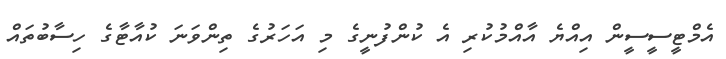
އެމްޓީސީސީން އިއްޔެ އާއްމުކުރި އެ ކުންފުނީގެ މި އަހަރުގެ ތިންވަނަ ކުއާޓާގެ ހިސާބުތައް